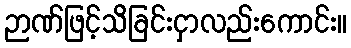
ဉာဏ်ဖြင့်သိခြင်းငှာလည်းကောင်း။